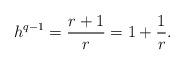
LaTeX: \begin{align*}h^{q-1} = \frac{r+1}{r} = 1 + \frac{1}{r}.\end{align*}